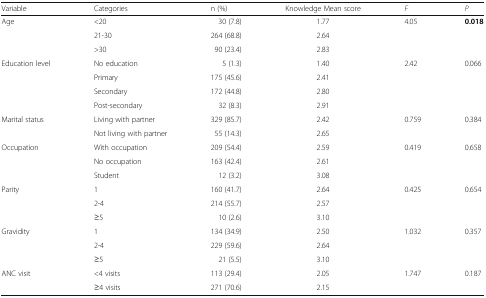
| Variable | Categories | n (%) | Knowledge Mean score | F | P |
 | --- | --- | --- | --- | --- | --- |
 | <ROWSPAN=3> Age | <20 | 30 (7.8) | 1.77 | <ROWSPAN=3> 4.05 | <ROWSPAN=3> 0.018 |
 | 21-30 | 264 (68.8) | 2.64 |
 | >30 | 90 (23.4) | 2.83 |
 | <ROWSPAN=4> Education level | No education | 5 (1.3) | 1.40 | <ROWSPAN=4> 2.42 | <ROWSPAN=4> 0.066 |
 | Primary | 175 (45.6) | 2.41 |
 | Secondary | 172 (44.8) | 2.80 |
 | Post-secondary | 32 (8.3) | 2.91 |
 | <ROWSPAN=2> Marital status | Living with partner | 329 (85.7) | 2.42 | <ROWSPAN=2> 0.759 | <ROWSPAN=2> 0.384 |
 | Not living with partner | 55 (14.3) | 2.65 |
 | <ROWSPAN=3> Occupation | With occupation | 209 (54.4) | 2.59 | <ROWSPAN=3> 0.419 | <ROWSPAN=3> 0.658 |
 | No occupation | 163 (42.4) | 2.61 |
 | Student | 12 (3.2) | 3.08 |
 | <ROWSPAN=3> Parity | 1 | 160 (41.7) | 2.64 | <ROWSPAN=3> 0.425 | <ROWSPAN=3> 0.654 |
 | 2-4 | 214 (55.7) | 2.57 |
 | ≥5 | 10 (2.6) | 3.10 |
 | <ROWSPAN=3> Gravidity | 1 | 134 (34.9) | 2.50 | <ROWSPAN=3> 1.032 | <ROWSPAN=3> 0.357 |
 | 2-4 | 229 (59.6) | 2.64 |
 | ≥5 | 21 (5.5) | 3.10 |
 | <ROWSPAN=2> ANC visit | <4 visits | 113 (29.4) | 2.05 | <ROWSPAN=2> 1.747 | <ROWSPAN=2> 0.187 |
 | ≥4 visits | 271 (70.6) | 2.15 |